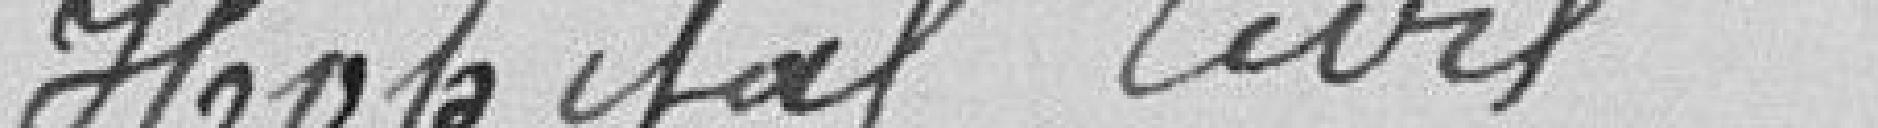
Hôpital civil